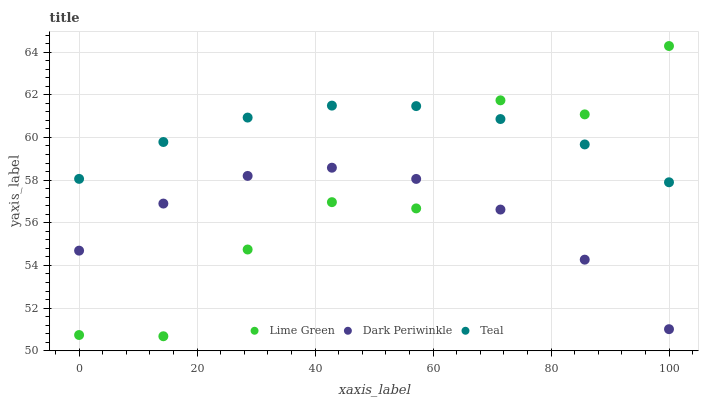
| xaxis_label | Lime Green | Dark Periwinkle | Teal |
 | --- | --- | --- | --- |
 | 0 | 50.7 | 54.7 | 58.1 |
 | 14.3 | 50.7 | 56.9 | 59.8 |
 | 28.6 | 54.7 | 58.2 | 60.9 |
 | 42.9 | 57 | 58.6 | 61.5 |
 | 57.1 | 56.7 | 58.1 | 61.5 |
 | 71.4 | 61.7 | 56.6 | 60.9 |
 | 85.7 | 61.1 | 54.3 | 59.7 |
 | 100 | 64.3 | 51 | 57.9 |